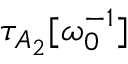
\tau _ { A _ { 2 } } [ \omega _ { 0 } ^ { - 1 } ]